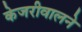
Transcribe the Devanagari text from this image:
केजरीवालने